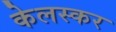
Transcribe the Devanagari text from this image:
केलस्कर